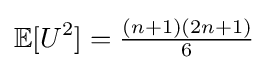
\mathbb {E} [U^{2}]=\textstyle {\frac {(n+1)(2n+1)}{6}}